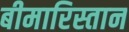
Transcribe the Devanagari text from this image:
बीमारिस्तान